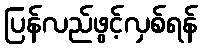
ပြန်လည်ဖွင့်လှစ်ရန်